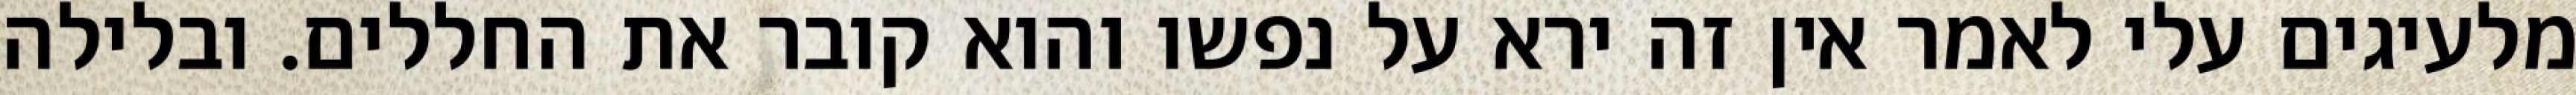
מלעיגים עלי לאמר אין זה ירא על נפשו והוא קובר את החללים. ובלילה